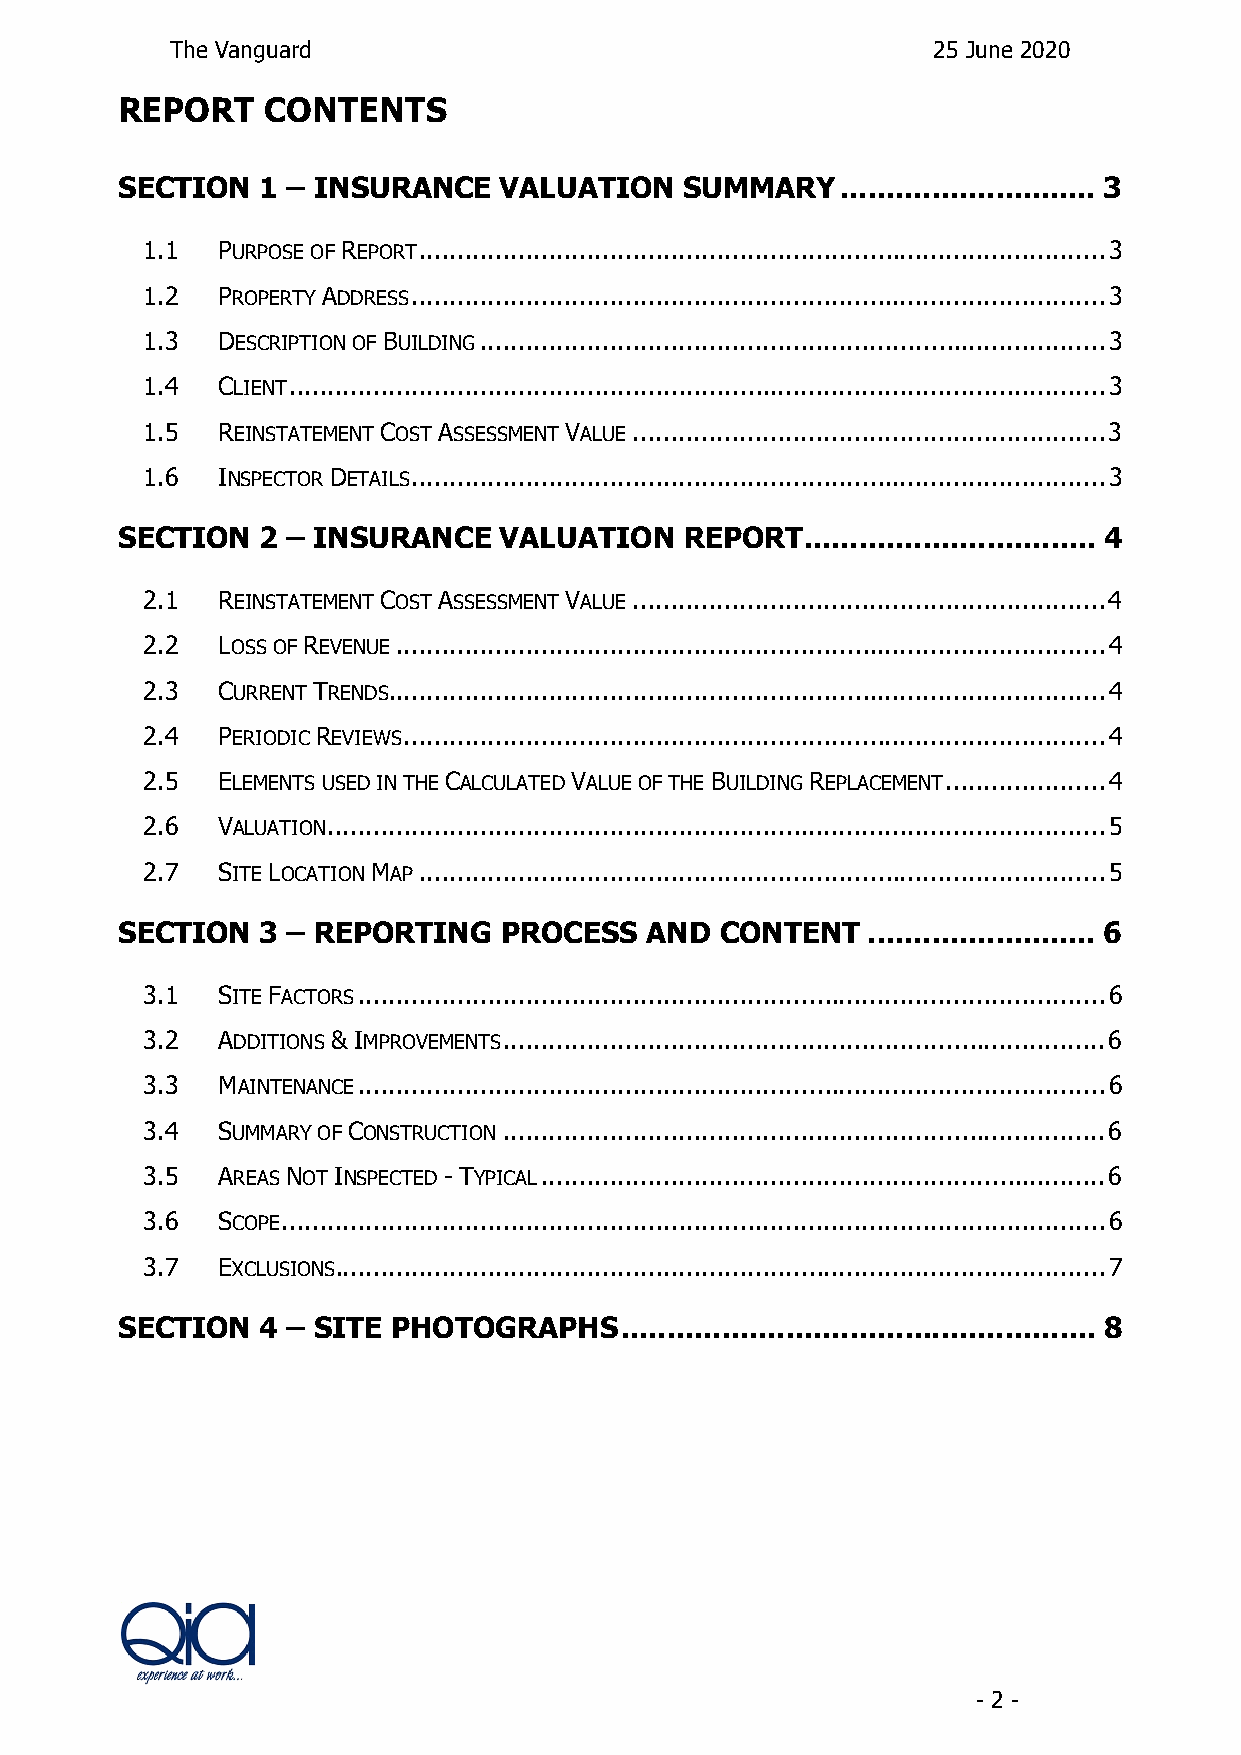
The Vanguard                                       25 June 2020
 REPORT    CONTENTS
 SECTION  1 – INSURANCE   VALUATION   SUMMARY    ............................ 3
 1.1  PURPOSE OF REPORT .......................................................................................... 3
 1.2  PROPERTY ADDRESS ........................................................................................... 3
 1.3  DESCRIPTION OF BUILDING .................................................................................. 3
 1.4  CLIENT ........................................................................................................... 3
 1.5  REINSTATEMENT COST ASSESSMENT VALUE .............................................................. 3
 1.6  INSPECTOR DETAILS ........................................................................................... 3
 SECTION  2 – INSURANCE   VALUATION   REPORT  ................................ 4
 2.1  REINSTATEMENT COST ASSESSMENT VALUE .............................................................. 4
 2.2  LOSS OF REVENUE ............................................................................................. 4
 2.3  CURRENT TRENDS .............................................................................................. 4
 2.4  PERIODIC REVIEWS ............................................................................................ 4
 2.5  ELEMENTS USED IN THE CALCULATED VALUE OF THE BUILDING REPLACEMENT ..................... 4
 2.6  VALUATION ...................................................................................................... 5
 2.7  SITE LOCATION MAP .......................................................................................... 5
 SECTION  3 – REPORTING   PROCESS   AND  CONTENT  ......................... 6
 3.1  SITE FACTORS .................................................................................................. 6
 3.2  ADDITIONS & IMPROVEMENTS ............................................................................... 6
 3.3  MAINTENANCE .................................................................................................. 6
 3.4  SUMMARY OF CONSTRUCTION ............................................................................... 6
 3.5  AREAS NOT INSPECTED - TYPICAL .......................................................................... 6
 3.6  SCOPE ............................................................................................................ 6
 3.7  EXCLUSIONS ..................................................................................................... 7
 SECTION  4 – SITE PHOTOGRAPHS    .................................................... 8
 - 2 -